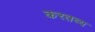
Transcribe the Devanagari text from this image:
करतव्य